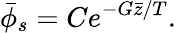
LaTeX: \bar{\phi}_{s}=Ce^{-G\bar{z}/T}.